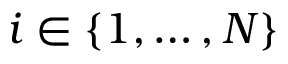
i \in \{ 1 , \ldots , N \}